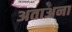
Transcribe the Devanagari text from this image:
अताअना